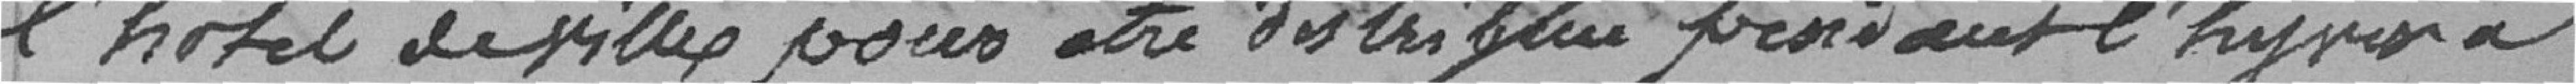
l'hôtel de ville pour être distribué pendant l'hyver à